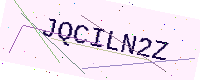
Text: JQCILN2Z